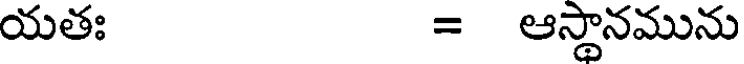
యతః = ఆస్థానమును